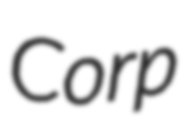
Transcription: Corp